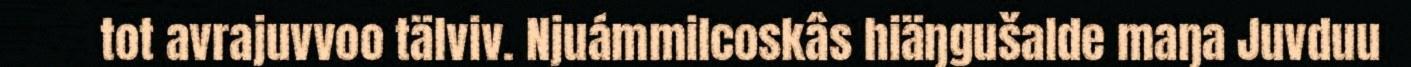
tot avrajuvvoo tälviv. Njuámmilcoskâs hiäŋgušalde maŋa Juvduu